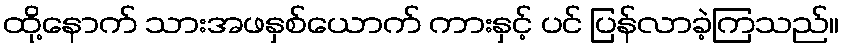
ထို့နောက် သားအဖနှစ်ယောက် ကားနှင့် ပင် ပြန်လာခဲ့ကြသည်။